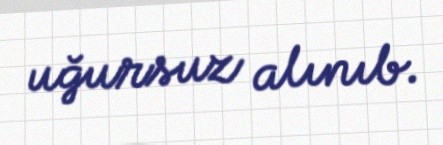
uğursuz alınıb.